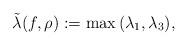
LaTeX: \begin{align*}\tilde{\lambda}(f,\rho):=\max{(\lambda_1, \lambda_3)},\end{align*}